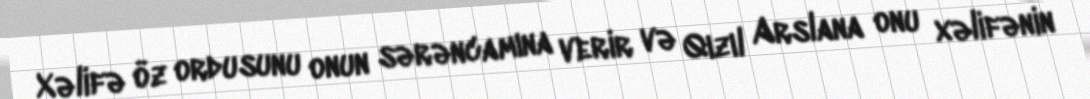
Xəlifə öz ordusunu onun sərəncamına verir və Qızıl Arslana onu xəlifənin